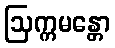
ဩက္ကမန္တော